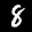
Label: 8